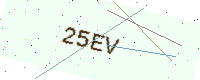
Text: 25EV